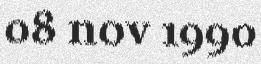
08 nov 1990